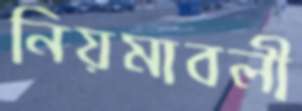
নিয়মাবলী